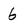
Character: 6